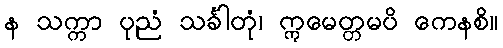
န သက္ကာ ပုညံ သင်္ခါတုံ၊ ဣမေတ္တမပိ ကေနစိ။